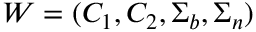
\boldsymbol { W } = ( C _ { 1 } , C _ { 2 } , \Sigma _ { b } , \Sigma _ { n } )